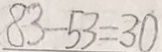
8 3 - 5 3 = 3 0